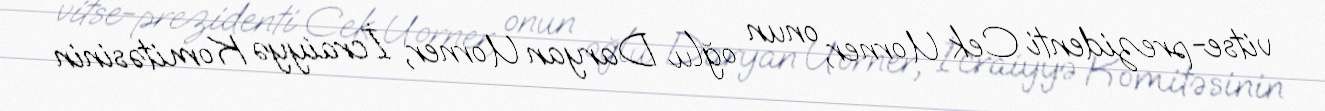
vitse-prezidenti Cek Uorner, onun oğlu Daryan Uorner, İcraiyyə Komitəsinin